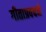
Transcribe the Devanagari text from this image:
गीताप्रवचने